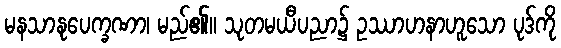
မနသာနုပေက္ခဏာ၊ မည်၏။ သုတမယီပညာ၌ ဥဿာဟနာဟူသော ပုဒ်ကို